Medical and sanitary report of the native army of Bengal for the year
Year: 1877
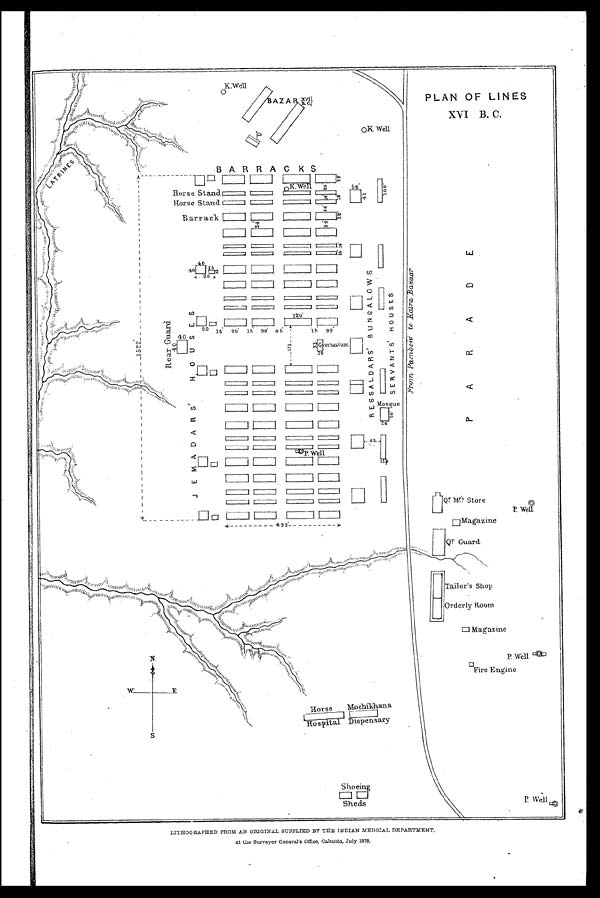
PLAN OF LINES
XVI B.C.
LITHOGRAPHED FROM AN ORIGINAL SUPPLIED BY THE INDIAN MEDICAL DEPARTMENT.
at the Surveyor General's Office, Calcutta, July 1878.